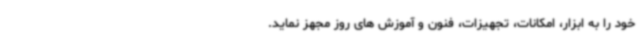
خود را به ابزار، امکانات، تجهیزات، فنون و آموزش های روز مجهز نماید.